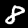
Label: 8